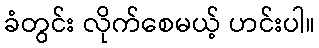
ခံတွင်း လိုက်စေမယ့် ဟင်းပါ။